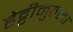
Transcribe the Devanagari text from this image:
हेट्टीमुल्ला